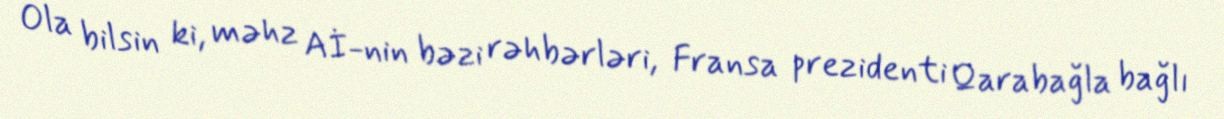
Ola bilsin ki, məhz Aİ-nin bəzi rəhbərləri, Fransa prezidenti Qarabağla bağlı